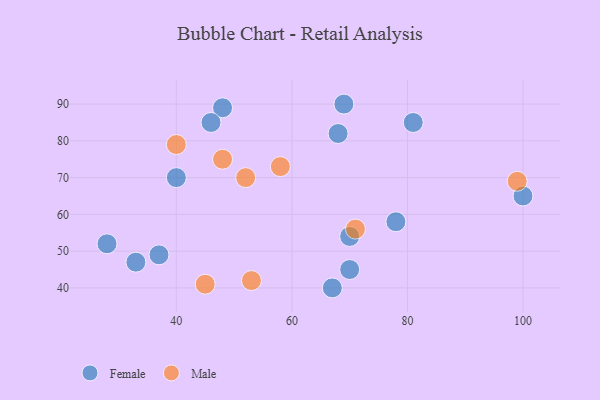
{"axis": {"x": "GDP", "y": "Life Expectancy"}, "legend": ["Female", "Male"], "data": [{"x": "48", "y": 89, "type": "Female"}, {"x": "81", "y": 85, "type": "Female"}, {"x": "68", "y": 82, "type": "Female"}, {"x": "46", "y": 85, "type": "Female"}, {"x": "70", "y": 54, "type": "Female"}, {"x": "78", "y": 58, "type": "Female"}, {"x": "40", "y": 70, "type": "Female"}, {"x": "37", "y": 49, "type": "Female"}, {"x": "69", "y": 90, "type": "Female"}, {"x": "100", "y": 65, "type": "Female"}, {"x": "33", "y": 47, "type": "Female"}, {"x": "70", "y": 45, "type": "Female"}, {"x": "28", "y": 52, "type": "Female"}, {"x": "67", "y": 40, "type": "Female"}, {"x": "71", "y": 56, "type": "Male"}, {"x": "45", "y": 41, "type": "Male"}, {"x": "99", "y": 69, "type": "Male"}, {"x": "53", "y": 42, "type": "Male"}, {"x": "52", "y": 70, "type": "Male"}, {"x": "58", "y": 73, "type": "Male"}, {"x": "48", "y": 75, "type": "Male"}, {"x": "40", "y": 79, "type": "Male"}]}